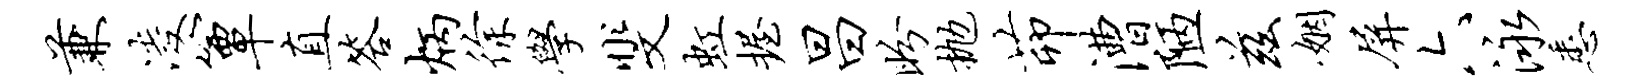
兼凌簟直答炳徐学斐虹握昌盼抛茆漕陋兹姻屏六泳悉